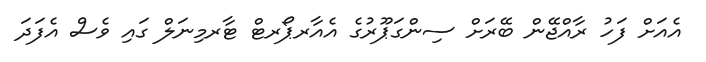
އެއަށް ފަހު ރާއްޖޭން ބޭރަށް ސިންގަޕޫރުގެ އެއާރޕޯރޓް ޓާރމިނަލް ގައި ވެސް އެފަދަ